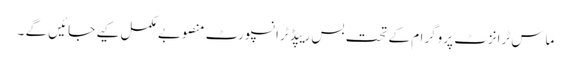
ماس ٹرانزٹ پروگرام کے تحت بس ریپڈ ٹرانسپورٹ منصوبے مکمل کیے جائیں گے ۔